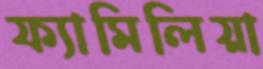
ফ্যামিলিয়া